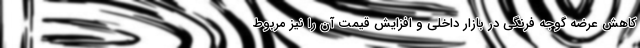
کاهش عرضه گوجه فرنگی در بازار داخلی و افزایش قیمت آن را نیز مربوط